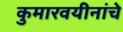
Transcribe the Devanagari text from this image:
कुमारवयीनांचे